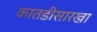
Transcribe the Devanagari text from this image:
कातडीसारखा